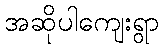
အဆိုပါကျေးရွာ